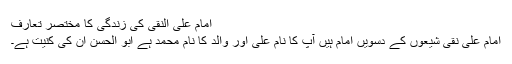
امام علی النقی کی زندگی کا مختصر تعارف
امام علی نقی شیعوں کے دسویں امام ہیں آپ کا نام علی اور والد کا نام محمد ہے ابو الحسن ان کی کنیت ہے۔